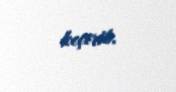
keçirib.